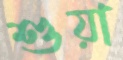
শুয়া